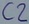
Text: C2